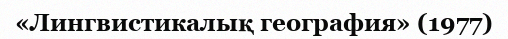
«Лингвистикалық география» (1977)